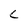
Character: C